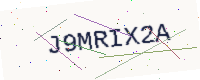
Text: J9MRIX2A